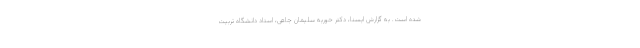
شده است. به گزارش ایسنا، دکتر حوریه سلیمان جاهی، استاد دانشگاه تربیت